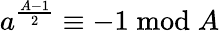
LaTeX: a^{\frac{A-1}{2}}\equiv-1{\bmod{A}}